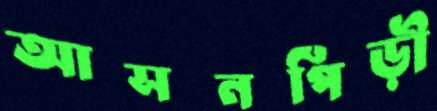
আসনপিঁড়ী